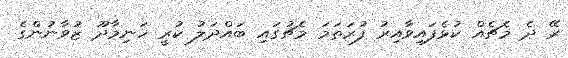
ރޭ ދެ މެޗެއް ކުޅެފައިވާއިރު ފުރަތަމަ މެޗުގައި ބައްދަލު ކުރީ ހަނިމާދޫ ޒުވާނުންގެ